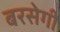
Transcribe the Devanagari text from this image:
बरसेगी